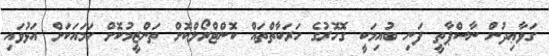
ގަވާޢިދުން ނާސްޕާތީ ފަނި ބުއިމަކީ ގޮހޮރުގެ ހަރަކާތްތައް ކޮންޓްރޯލްކޮށް ތަންޒީމުކޮށް ހަމައަކަށް އަޅުވައި